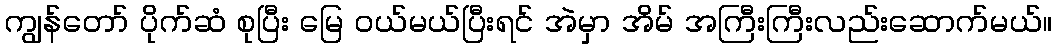
ကျွန်တော် ပိုက်ဆံ စုပြီး မြေ ဝယ်မယ်ပြီးရင် အဲမှာ အိမ် အကြီးကြီးလည်းဆောက်မယ်။